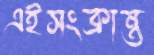
এইসংক্রান্ত